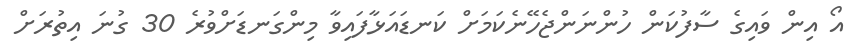
އޯ އިން ވައިގެ ސާފުކަން ހުންނަންޖެހޭނެކަމަށް ކަނޑައަޅާފައިވާ މިންގަނޑަށްވުރެ 30 ގުނަ އިތުރަށް